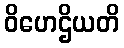
ဝိဟေဌိယတိ